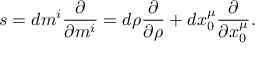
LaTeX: s = d m ^ { i } { \frac { \partial } { \partial m ^ { i } } } = d \rho { \frac { \partial } { \partial \rho } } + d x _ { 0 } ^ { \mu } { \frac { \partial } { \partial x _ { 0 } ^ { \mu } } } .